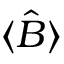
\langle { \hat { B } } \rangle